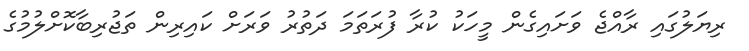
ރިޔަލުގައި ރާއްޖެ ވަށައިގެން މީހަކު ކުރާ ފުރަތަމަ ދަތުރު ވަރަށް ކައިރިން ތަޖުރިބާކޮށްލުމުގެ